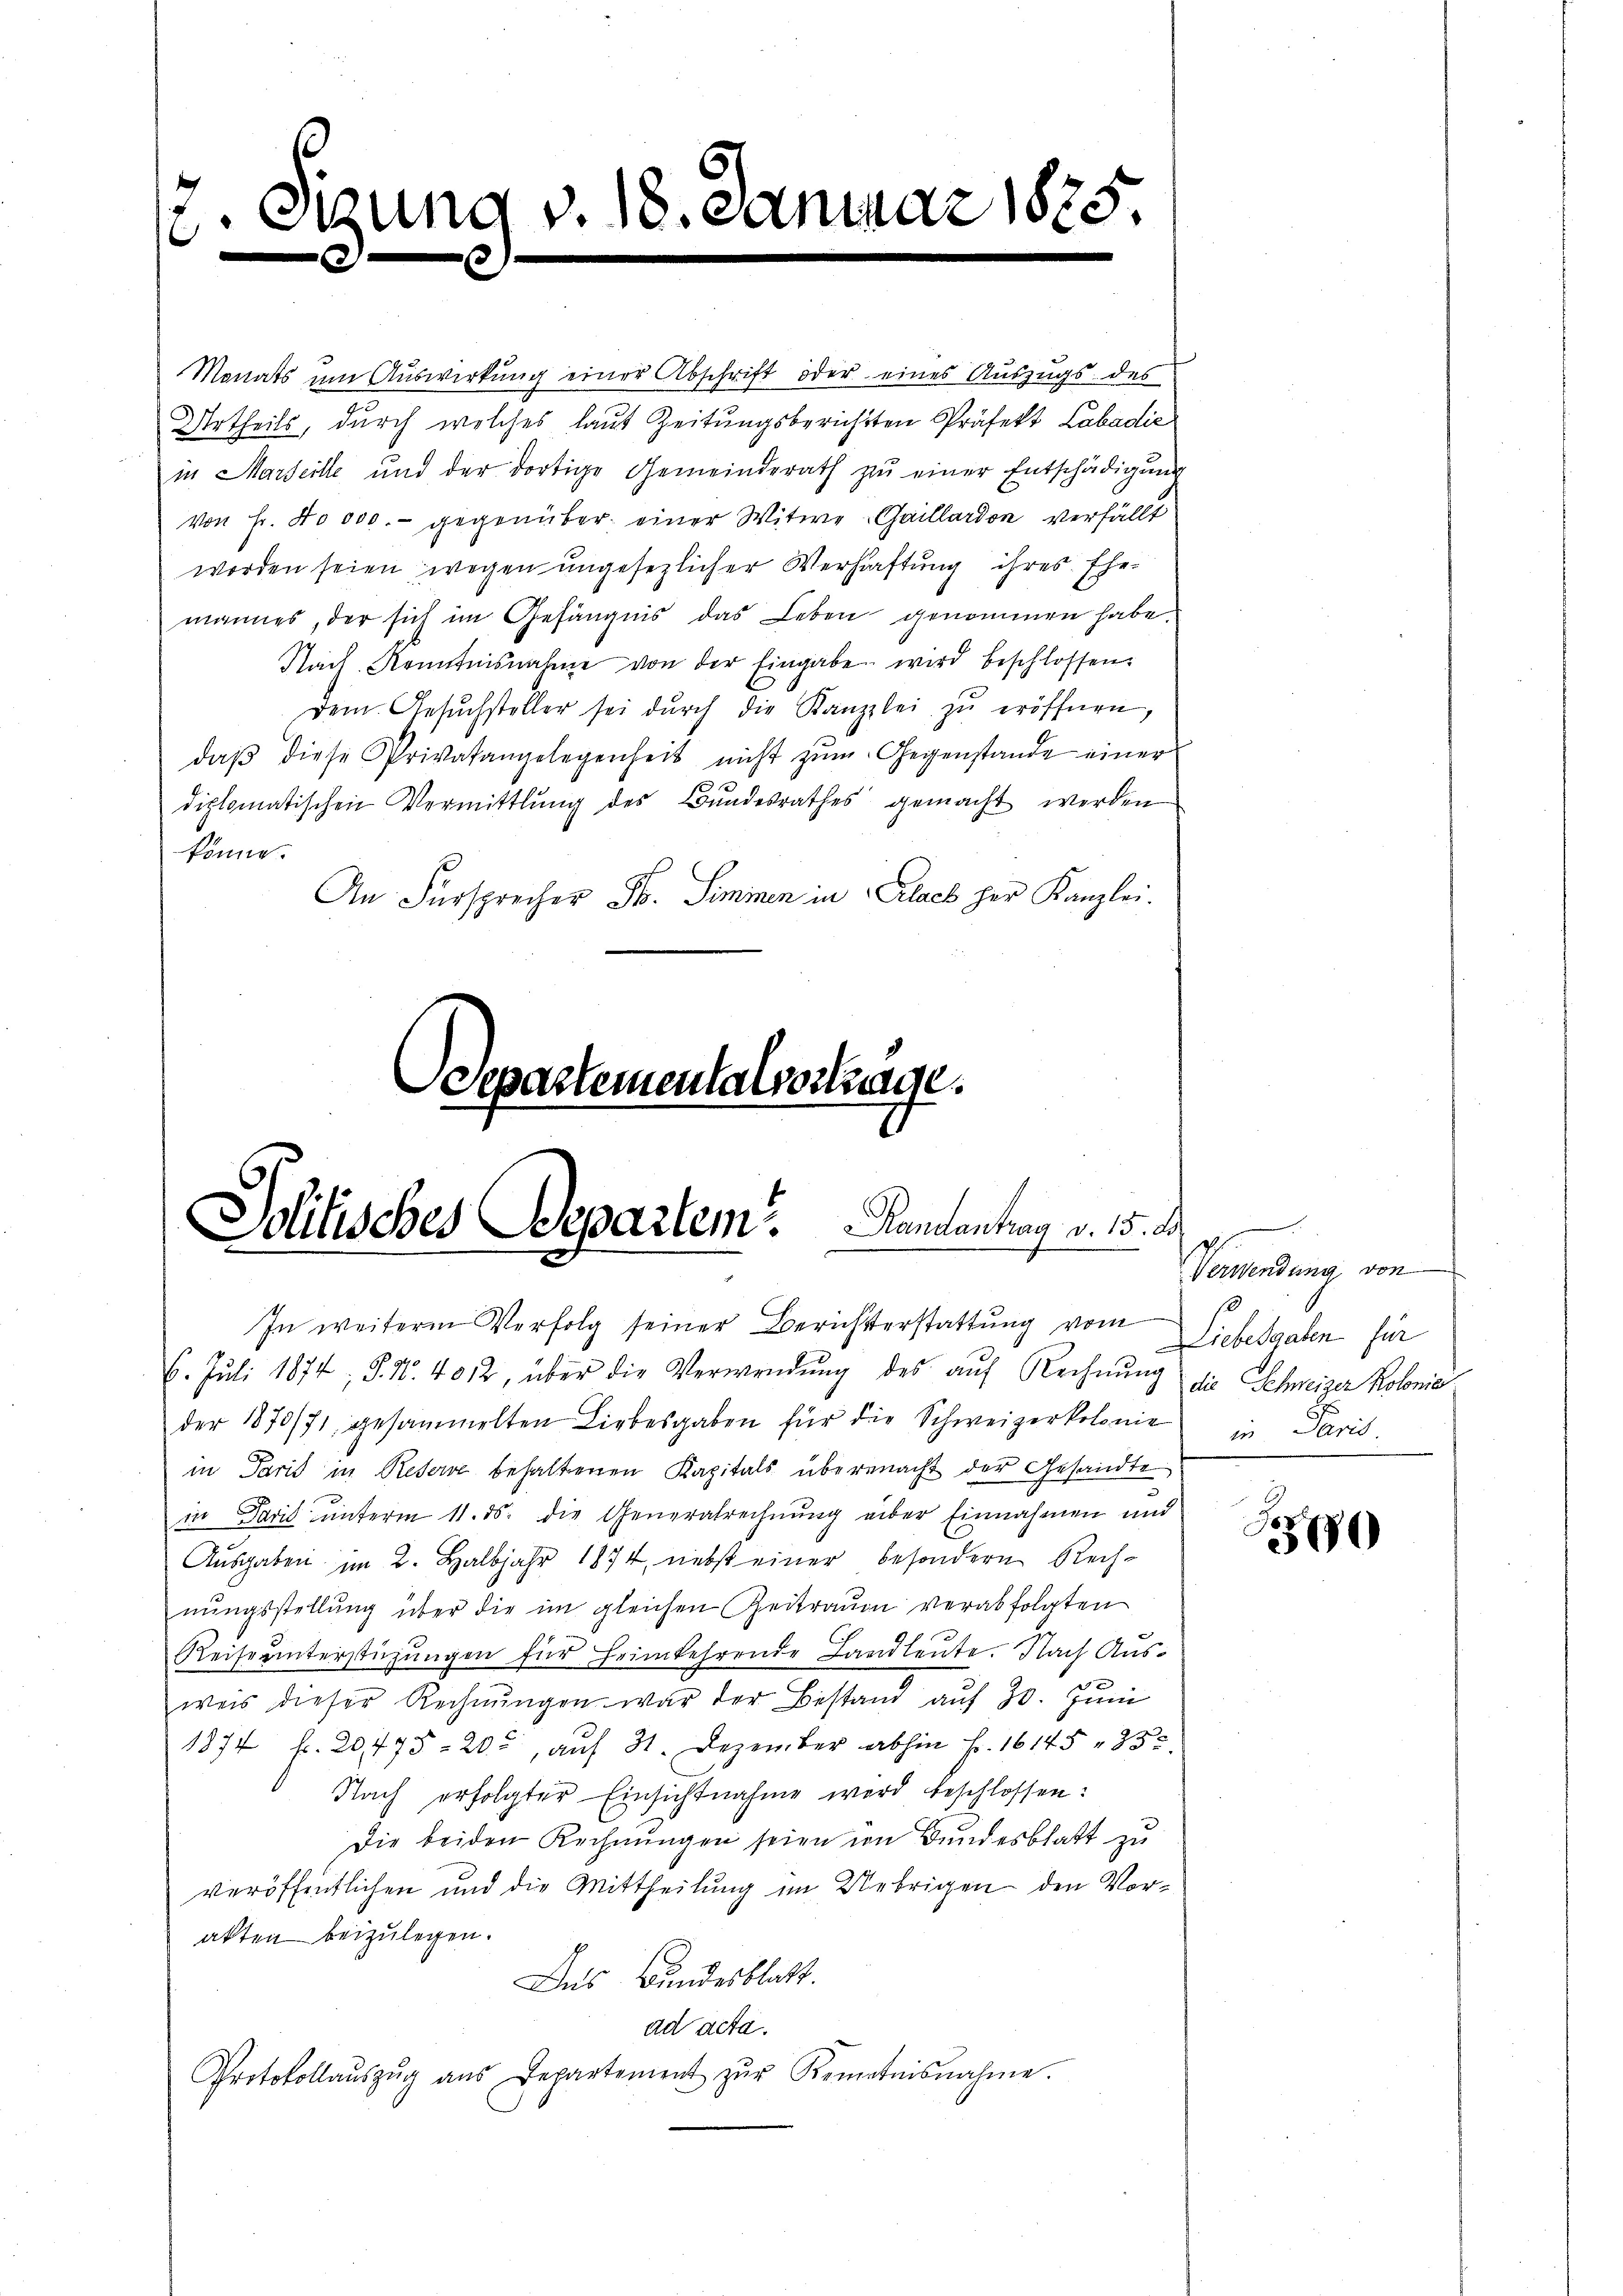
3. S
b
e
e

33

Monats um Auswirkung einer Abschrift oder eines Auszugs des
Urtheils, durch welches laut Zeitungsberichtten Präfekt Labadić
in Marseille und der dortige Gemeinderath zŭ einer Entschädigŭng
von Fr. 40000.- gegenüber einer Witwe Gaillardon verfällt.
worden seien wegen ungesezlicher Verhaftung ihres Ehemannes, der sich im Gefängnis das Leben genommen habe.
Nach Kenntnisnahme von der Eingabe wird beschlossen.
dem Gesŭchsteller sei dŭrch die Kanzlei zŭ eröffnen,
daβ diese Privatangelegenheit nicht zŭm Gegenstande einer
diplomatischen Vermittlung des Bŭndesrathes gemacht werden
könne.
An Fürsprecher St. Simmen in Plack her Kanzlei.

Jolitisches Departem Kantantrag v. 15. d.

oepartementalvortrage.

zung v. 18. Januar 1825.

6. Juli 1874, S. Nr. 4012, über die Verwendŭng des aŭf Rechnŭng
der 1870/71 gesammelten Liebesgaben für die Schweizerkolonie in Paris.
in Paris in Reserve behaltenen Kapitals übermacht der Gesandte
in David unterm 11. ds. die Generalrechnung über Einnahmen und
Aŭsgaben im 2. Halbjahr 1874, nebst einer besondern Rechnŭngsstellŭng über die im gleichen Zeitraŭm verabfolgten
Reise unterstützŭngen für Heimkehrende Landleute. Nach Ausweis dieser Rechnŭngen war der Bestand auf 30. Juni
1374 f. 20475 - 20, aŭf 31. Dezember abhin Fr. 16145 " 232.
Nach erfolgter Einsichtnahme wird beschlossen:
Die beiden Rechnungen seien in Bundesblatt zu
veröffentlichen und die Mittheilung im Uebrigen den Vorakten beizulegen.
Das Bundesblatt.
ad acta.
Protokollaŭszŭg aŭs Departement zŭr Kenntnisnahme.

In weiterm Verfolg seiner Berichterstattung vom

Verwendung von
Liebesgaben für
die Schweizer Kolonie

J
500